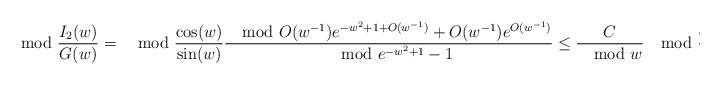
LaTeX: \begin{align*}\mod{\frac{I_2(w)}{G(w)}}&=\mod{\frac{\cos(w)}{\sin(w)}}\frac{\mod{O(w^{-1})e^{-w^2+1+O(w^{-1})}+O(w^{-1})e^{O(w^{-1})}}}{\mod{e^{-w^2+1}-1}}\leq\frac{C}{\mod{w}}\mod{\frac{\cos(w)}{\sin(w)}}\frac{\mod{e^{-w^2+1}}+1}{\mod{e^{-w^2+1}-1}},\end{align*}